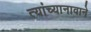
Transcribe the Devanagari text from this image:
त्यांच्यानावाने